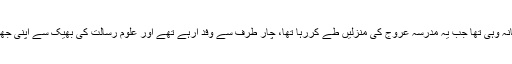
مدینہ کی بہار کا زمانہ وہی تھا جب یہ مدرسہ عروج کی منزلیں طے کررہا تھا، چار طرف سے وفد آرہے تھے اور علوم رسالت کی بھیک سے اپنی جھولیاں بھر رہے تھے۔